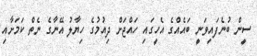
ސީން ބުނެފައިވަނީ ބައެއްގެ އެހީގައި ހައްޖަށް ދިއުމުގެ ހިޔާލު އޭނާގެ ނެތް ކަމަށާއި